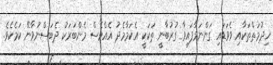
ޚިދުމަތްތަކާއި ވެވަޑައި ގަންނަވާފައިވާ ގުރުބާނީ ތަކަކީ އެކަމާމެދު އެއްވެސް މެންބަރަކު ދެބަސްނުވާނޭ ކަމެކެވެ.